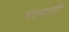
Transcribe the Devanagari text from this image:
मात्राठी